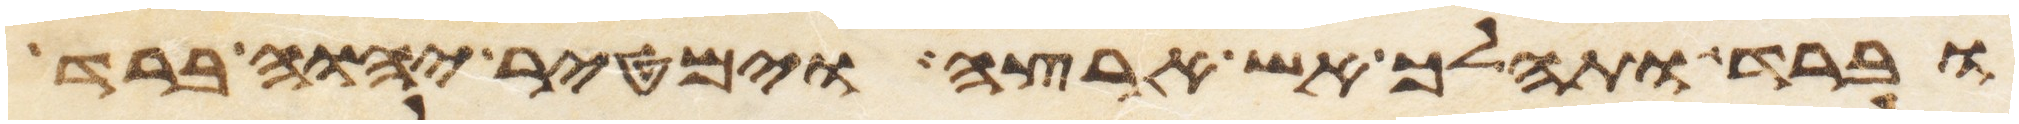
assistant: וברד ותהלך אש ארצה וימטיר יהוה ברד